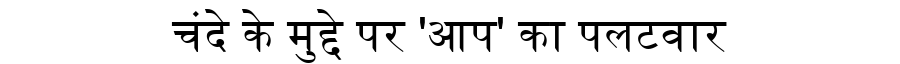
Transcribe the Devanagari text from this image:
चंदे के मुद्दे पर 'आप' का पलटवार